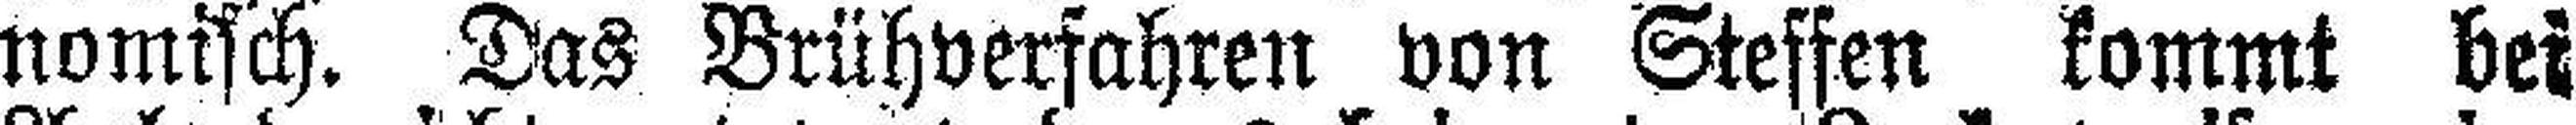
nomisch. Das Brühverfahren von Steffen kommt bei